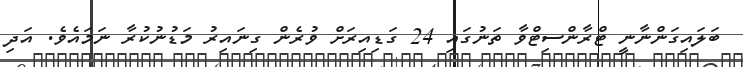
ބަލައިގަންނާނީ ޓްރާންސިޓްވާ ތަނުގައި 24 ގަޑިއިރަށް ވުރެން ގިނައިރު މަޑުނުކުރާ ނަމައެވެ. އަދި